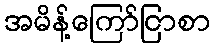
အမိန့်ကြော်ငြာစာ